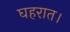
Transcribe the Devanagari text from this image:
घहरात।